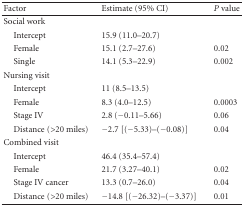
| Factor | Estimate (95% CI) | P value |
 | --- | --- | --- |
 | Social work |  |  |
 | Intercept | 15.9 (11.0–20.7) |  |
 | Female | 15.1 (2.7–27.6) | 0.02 |
 | Single | 14.1 (5.3–22.9) | 0.002 |
 | Nursing visit |  |  |
 | Intercept | 11 (8.5–13.5) |  |
 | Female | 8.3 (4.0–12.5) | 0.0003 |
 | Stage IV | 2.8 (−0.11–5.66) | 0.06 |
 | Distance (>20 miles) | −2.7 [(−5.33)–(−0.08)] | 0.04 |
 | Combined visit |  |  |
 | Intercept | 46.4 (35.4–57.4) |  |
 | Female | 21.7 (3.27–40.1) | 0.02 |
 | Stage IV cancer | 13.3 (0.7–26.0) | 0.04 |
 | Distance (>20 miles) | −14.8 [(−26.32)–(−3.37)] | 0.01 |